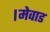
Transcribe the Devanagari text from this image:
।मेवाड